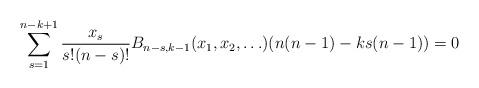
LaTeX: \begin{align*}\sum_{s=1}^{n-k+1}\frac{x_s}{s!(n-s)!}B_{n-s, k-1}(x_1, x_2, \ldots) (n(n-1)-ks(n-1)) = 0\end{align*}